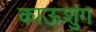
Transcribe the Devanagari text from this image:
काऊशुंग